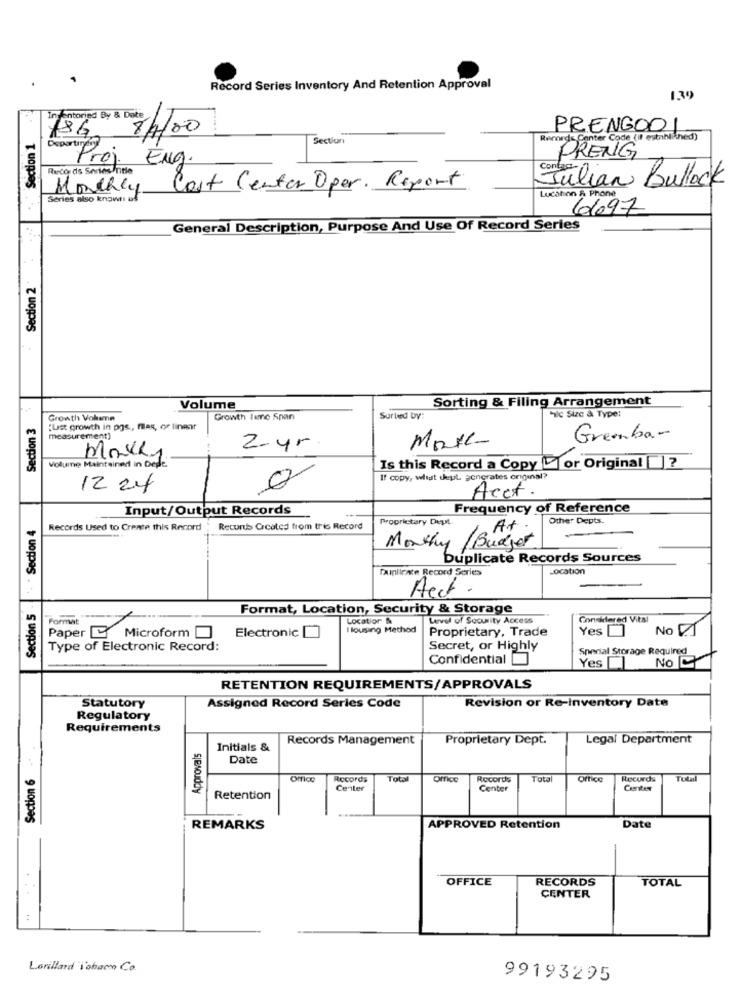
Record Series Inventory And Retention Approval
1.39
In Antoried By & Date
.. Section 1
786
8/4/00
PRENGODI.
Section
PRENGhed)
Proj.
Eng.
Records Series Title
Julian Bullock
Monthly
Cost Center Oper. Report
Series also known uf
Location & Phone
6697
General Description, Purpose And Use Of Record Series
Section 2
Sorting & Filing Arrangement
Volume
Tlc Size à Type:
Section 3
Growth Vohamn
Growth lenc Span
Surteed DV:
:Ust growth in pgs ., filas, or linear
measurement]
Greenbar
2.yr
Monte
Volume Maintained in Dede.
Is this Record a Copy or Original ?
If copy, wheat tepl. gongrates original?
12 24
Acct.
Input/Output Records
Frequency of Reference
Section 5 . - . Section 4
Proprietary Dept.
Other Depts.
Records Used to Create this Record
Recurts Created from this Record
At
/ Budget
Monthy
Duplicate Records Sources
Tamiirace Record Series
Location
Acct.
Format, Location, Security & Storage
Format
Location &
Level of Security Access
Considered Vital
Electronic[]
I lousing Method
Proprietary, Trade
Yes
No V1
Paper Microform
Type of Electronic Record:
Secret, or Highly
Special Storage Required
Confidential
YesM
No C
RETENTION REQUIREMENTS/APPROVALS
Revision or Re-inventory Date
Statutory
Assigned Record Series Code
Regulatory
Requirements
Records Management
Proprietary Dept.
Legal Department
Approvals
Initials &
Date
Section 6
Office
Records
Total
Office
Records
Total
Office
Records
Center
Center
Center
Retention
REMARKS
APPROVED Retention
Date
OFFICE
RECORDS
TOTAL
CENTER
:
Lorillard i'sbacm Co.
99193295